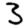
Digit: 3